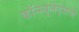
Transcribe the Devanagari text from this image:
कॉन्स्यूलेट्सची